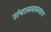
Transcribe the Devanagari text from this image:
संचालनालयाच